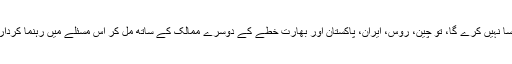
کیونکہ اگر وہ ایسا نہیں کرے گا، تو چین، روس، ایران، پاکستان اور بھارت خطے کے دوسرے ممالک کے ساتھ مل کر اس مسئلے میں رہنما کردار ادا کریں گے‘‘۔